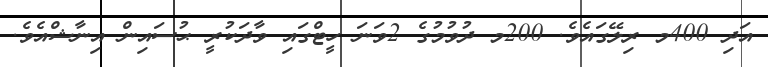
އަދި 400މ ރިލޭގައެވެ. 200މ ދުވުމުގެ 2ވަނަ ހީޓްގައި ވާދަކުރީ ޙުސައިން އިނާޝްއެވެ.